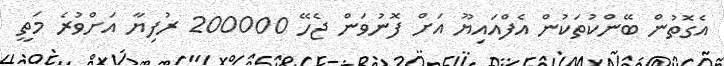
އެގޮތުން ބޭންކުތަކުން އެފްއައިޔޫ އަށް ފޮނުވަން ޖެހޭ 200000 ރުފިޔާ އަށްވުރެ މަތީ